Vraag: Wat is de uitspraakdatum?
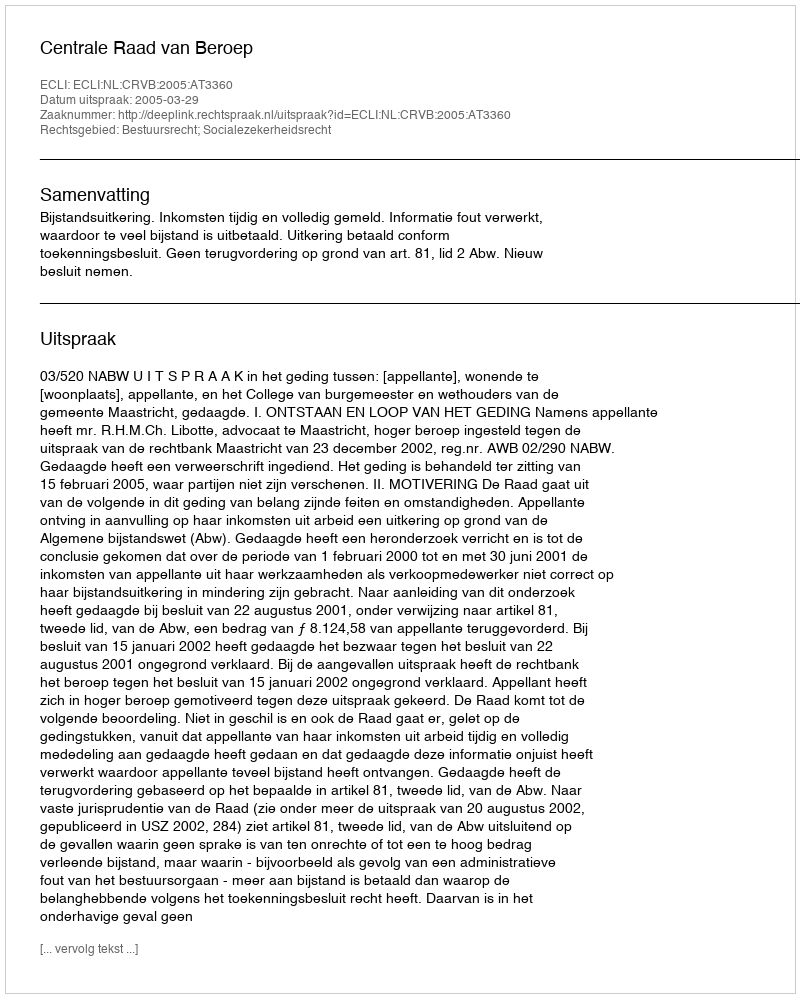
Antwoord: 2005-03-29